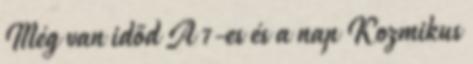
Még van időd A 7-es és a nap Kozmikus